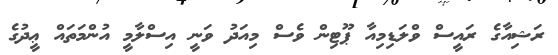
ރަޝިއާގެ ރައީސް ވްލަޑިމިއާ ޕޫޓިން ވެސް މިއަދު ވަނީ އިސްލާމީ އުންމަތައް ޢީދުގެ